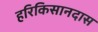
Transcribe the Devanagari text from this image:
हरिकिसानदास